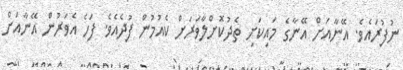
ނުފުރައެވެ. އޭނާއަށް އޭނާގެ މައިކަށި ތެދުކޮށްލާވަރަށް ކެއުމުން ފުދެއެވެ. ފަހެ އެވަރުން އޭނާއަށް